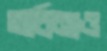
অর্চনাও